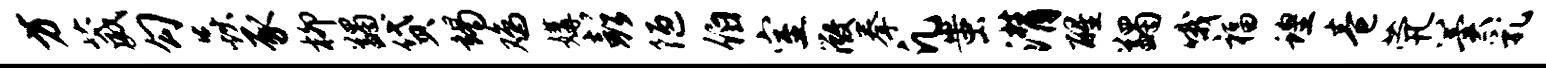
方葳勾焱豕柳蠲贷竭鸡媾彭陋伯室微拳凡蚩潸醒蠲哦福蝗卷茕翼乳